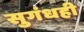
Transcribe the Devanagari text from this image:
सुगंधही